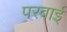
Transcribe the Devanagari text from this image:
परवाई